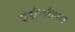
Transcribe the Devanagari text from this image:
एग्रीपीना